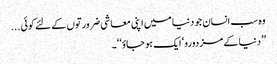
وہ سب انسان جو دنیا میں اپنی معاشی ضرورتوں کے لئے کوئی ...
’’دنیا کے مزدورو‘ ایک ہو جاؤ‘ ‘۔